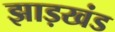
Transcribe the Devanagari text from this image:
झाड़खंड